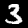
Label: 3